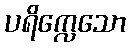
ပရိက္လေသော